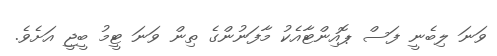
ވަނަ ލިބެނީ ފަސް ޕޮއިންޓާއެކު މާފަނުންގެ ތިން ވަނަ ޓީމު ބީޖީ އަށެވެ.